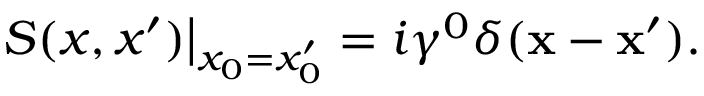
\left. S ( x , x ^ { \prime } ) \right| _ { x _ { 0 } = x _ { 0 } ^ { \prime } } = i \gamma ^ { 0 } \delta ( { \bf x } - { \bf x } ^ { \prime } ) .